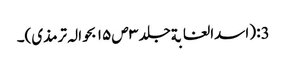
3: (اسدالغابةجلد ۳ ص ۱۵ بحوالہ ترمذی)۔